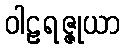
ဝါဠရဇ္ဇုယာ